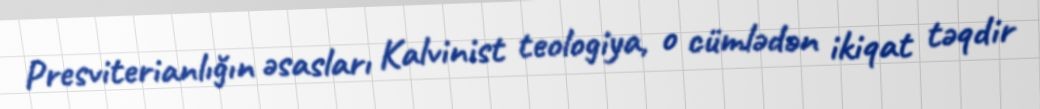
Presviterianlığın əsasları Kalvinist teologiya, o cümlədən ikiqat təqdir